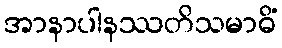
အာနာပါနဿတိသမာဓိံ